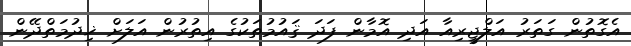
އެގޮތުން ގަތަރު އަލްޖީރިއާ އަދި އޮމާން ފަދަ ޤައުމުތަކުގެ އިތުރުން އަލަށް ޚިދުމަތްދޭން